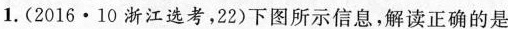
1.(2016·10 浙江选考，22)下图所示信息，解读正确的是